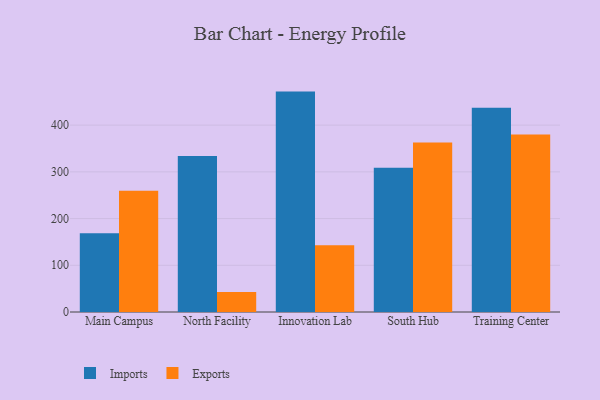
{"axis": {"x": "Campus", "y": "Customer Acquisition Cost (USD)"}, "legend": ["Exports", "Imports"], "data": [{"x": "Main Campus", "y": 168.4, "type": "Imports"}, {"x": "Main Campus", "y": 259.4, "type": "Exports"}, {"x": "North Facility", "y": 334.0, "type": "Imports"}, {"x": "North Facility", "y": 42.8, "type": "Exports"}, {"x": "Innovation Lab", "y": 471.8, "type": "Imports"}, {"x": "Innovation Lab", "y": 142.9, "type": "Exports"}, {"x": "South Hub", "y": 308.9, "type": "Imports"}, {"x": "South Hub", "y": 362.6, "type": "Exports"}, {"x": "Training Center", "y": 437.0, "type": "Imports"}, {"x": "Training Center", "y": 379.8, "type": "Exports"}]}